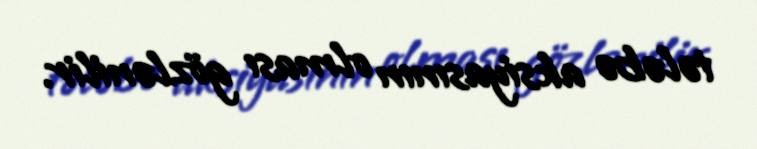
tələbə aksiyasının olması gözlənilir.